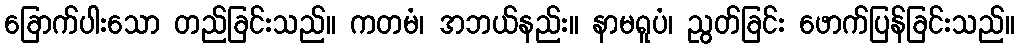
ခြောက်ပါးသော တည်ခြင်းသည်။ ကတမံ၊ အဘယ်နည်း။ နာမရူပံ၊ ညွတ်ခြင်း ဖောက်ပြန်ခြင်းသည်။